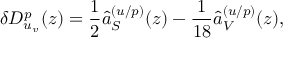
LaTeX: \delta D _ { u _ { v } } ^ { p } ( z ) = \frac { 1 } { 2 } \hat { a } _ { S } ^ { ( u / p ) } ( z ) - \frac { 1 } { 1 8 } \hat { a } _ { V } ^ { ( u / p ) } ( z ) ,